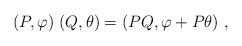
\begin{align*}(P,\varphi)\;(Q,\theta)=(PQ, \varphi+P\theta)~,\end{align*}